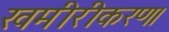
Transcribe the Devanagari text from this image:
खमीरीकरण।